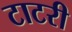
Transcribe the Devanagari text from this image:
टाटरी